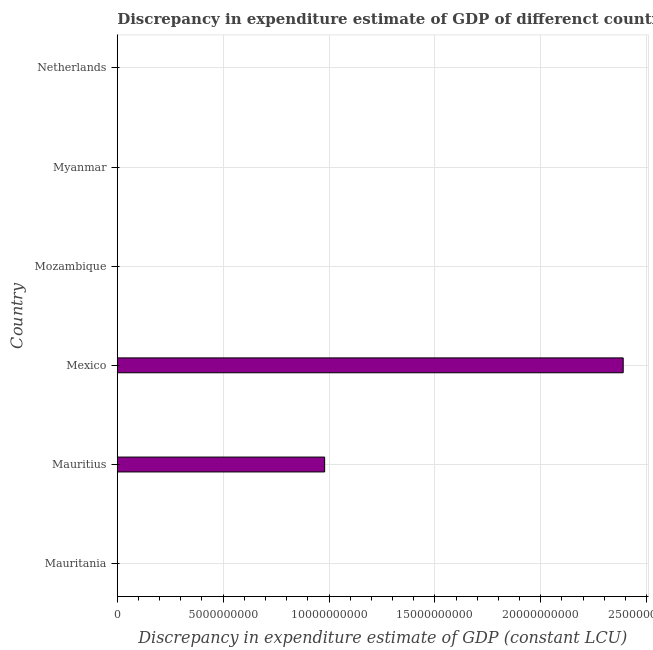
| Country | Discrepancy constant LCU |
 | --- | --- |
 | Mauritania | -1.07e+13 |
 | Mauritius | 9.79e+09 |
 | Mexico | 2.39e+10 |
 | Mozambique | -4.1e+09 |
 | Myanmar | -7.43e+11 |
 | Netherlands | -2.97e+09 |